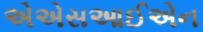
એએસઆઈએન